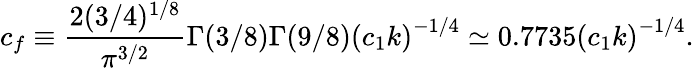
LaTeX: c_{f}\equiv\frac{2(3/4)^{1/8}}{\pi^{3/2}}\Gamma(3/8)\Gamma(9/8)\left(c_{1}k\right)^{-1/4}\simeq 0.7735\left(c_{1}k\right)^{-1/4}.